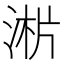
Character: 𣶁